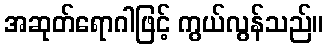
အဆုတ်ရောဂါဖြင့် ကွယ်လွန်သည်။